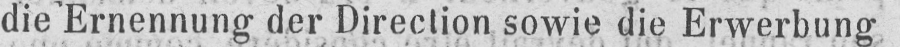
die Ernennung der Direction sowie die Erwerbung